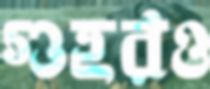
গুহরও